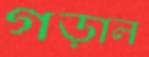
গড়াল